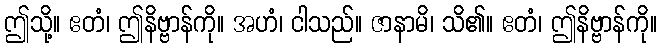
ဤသို့။ ဧတံ၊ ဤနိဗ္ဗာန်ကို။ အဟံ၊ ငါသည်။ ဇာနာမိ၊ သိ၏။ ဧတံ၊ ဤနိဗ္ဗာန်ကို။